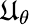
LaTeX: \mathfrak{U}_{\theta}